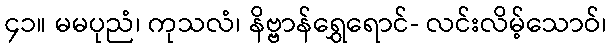
၄၁။ မမပုညံ၊ ကုသလံ၊ နိဗ္ဗာန်ရွှေရောင်- လင်းလိမ့်သောဝ်၊